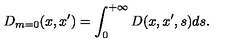
D _ { m = 0 } ( x , x ^ { \prime } ) = \int _ { 0 } ^ { + \infty } D ( x , x ^ { \prime } , s ) d s .